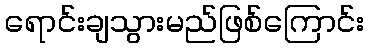
ရောင်းချသွားမည်ဖြစ်ကြောင်း